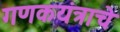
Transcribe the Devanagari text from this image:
गणकयंत्राचे